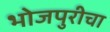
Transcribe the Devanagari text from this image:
भोजपुरीचा